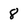
Character: 8